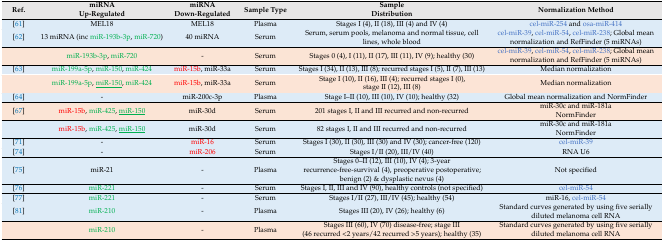
<table><thead><tr><td><b>Ref.</b></td><td><b>miRNA Up-Regulated</b></td><td><b>miRNA Down-Regulated</b></td><td><b>Sample Type </b></td><td><b>Sample Distribution</b></td><td><b>Normalization Method</b></td></tr></thead><tbody><tr><td>[61]</td><td>MEL18</td><td>MEL18</td><td>Plasma</td><td>Stages I (4), II (18), III (4) and IV (4)</td><td>cel-miR-254 and osa-miR-414</td></tr><tr><td>[62]</td><td>13 miRNA (inc miR-193b-3p, miR-720)</td><td>40 miRNA</td><td>Serum</td><td>Serum, serum pools, melanoma and normal tissue, cell lines, whole blood</td><td>cel-miR-39, cel-miR-54, cel-miR-238; Global mean normalization and RefFinder (5 miRNAs)</td></tr><tr><td></td><td>miR-193b-3p, miR-720</td><td>-</td><td>Serum </td><td> Stages 0 (4), I (11), II (17), III (11), IV (9); healthy (30)</td><td>cel-miR-39, cel-miR-54, cel-miR-238; Global mean normalization and RefFinder (5 miRNAs)</td></tr><tr><td>[63]</td><td>miR-199a-5p, miR-150, miR-424</td><td>miR-15b, miR-33a</td><td>Serum</td><td>Stages I (34), II (13), III (8); recurred stages I (5), II (7), III (13) </td><td>Median normalization</td></tr><tr><td></td><td>miR-199a-5p, <underline>miR-150</underline>, miR-424</td><td>miR-15b, miR-33a</td><td>Serum</td><td>Stage I (10), II (16), III (4); recurred stages I (0), stage II (12), III (8)</td><td>Median normalization</td></tr><tr><td>[64]</td><td>-</td><td>miR-200c-3p</td><td>Plasma</td><td>Stage I–II (10), III (10), IV (10); healthy (32)</td><td>Global mean normalization and NormFinder</td></tr><tr><td>[67]</td><td>miR-15b, miR-425, <underline>miR-150</underline></td><td>miR-30d</td><td>Serum</td><td>201 stages I, II and III recurred and non-recurred</td><td>miR-30c and miR-181aNormFinder </td></tr><tr><td></td><td>miR-15b, miR-425, <underline>miR-150</underline></td><td>miR-30d</td><td>Serum</td><td>82 stages I, II and III recurred and non-recurred </td><td>miR-30c and miR-181aNormFinder</td></tr><tr><td>[71]</td><td>-</td><td>miR-16</td><td>Serum</td><td>Stages I (30), II (30), III (30) and IV (30); cancer-free (120)</td><td>cel-miR-39</td></tr><tr><td>[74]</td><td>-</td><td>miR-206</td><td>Serum</td><td>Stages I/II (20), III/IV (40) </td><td>RNA U6 </td></tr><tr><td>[75]</td><td>miR-21</td><td>-</td><td>Plasma</td><td>Stages 0–II (12), III (10), IV (4); 3-year recurrence-free-survival (4), preoperative postoperative; benign (2) &amp; dysplastic nevus (4)</td><td>Not specified</td></tr><tr><td>[76]</td><td>miR-221</td><td>-</td><td>Serum</td><td>Stages I, II, III and IV (90), healthy controls (not specified)</td><td>cel-miR-54</td></tr><tr><td>[77]</td><td>miR-221</td><td>-</td><td>Serum</td><td>Stages I/II (27), III/IV (45); healthy (54)</td><td>miR-16, cel-miR-54</td></tr><tr><td>[81]</td><td>miR-210</td><td>-</td><td>Plasma</td><td>Stages III (20), IV (26); healthy (6)</td><td> Standard curves generated by using five serially diluted melanoma cell RNA </td></tr><tr><td></td><td>miR-210</td><td>-</td><td>Plasma</td><td>Stages III (60), IV (70) disease-free; stage III (46 recurred &lt;2 years/42 recurred &gt;5 years); healthy (35)</td><td> Standard curves generated by using five serially diluted melanoma cell RNA</td></tr></tbody></table>